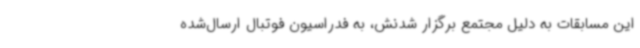
این مسابقات به دلیل مجتمع برگزار شدنش، به فدراسیون فوتبال ارسال‌شده